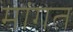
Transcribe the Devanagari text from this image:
मांगत